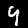
Label: 9